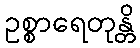
ဥစ္စာရေတုန္တိ